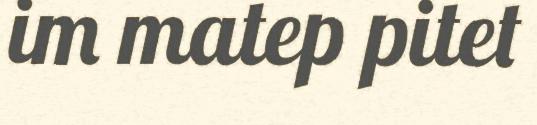
im matep pitet